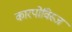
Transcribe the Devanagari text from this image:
कारपोविस्ज